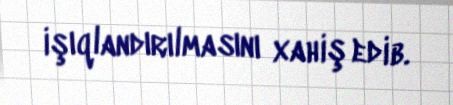
işıqlandırılmasını xahiş edib.